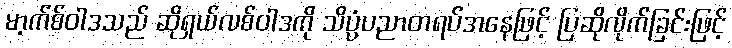
မာ့က်စ်ဝါဒသည် ဆိုရှယ်လစ်ဝါဒကို သိပ္ပံပညာတရပ်အနေဖြင့် ပြဆိုလိုက်ခြင်းဖြင့်